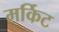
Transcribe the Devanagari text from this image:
मर्किट